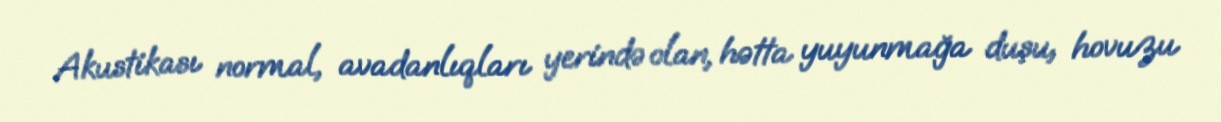
Akustikası normal, avadanlıqları yerində olan, hətta yuyunmağa duşu, hovuzu